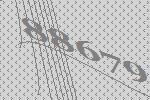
88679